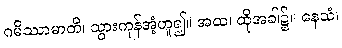
ဂမိဿာမာတိ၊ သွားကုန်အံ့ဟူ၍။ အထ၊ ထိုအခါ၌။ နေသံ၊